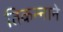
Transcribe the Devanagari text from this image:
तिकन्नाने